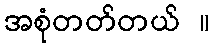
အစုံတတ်တယ် ။